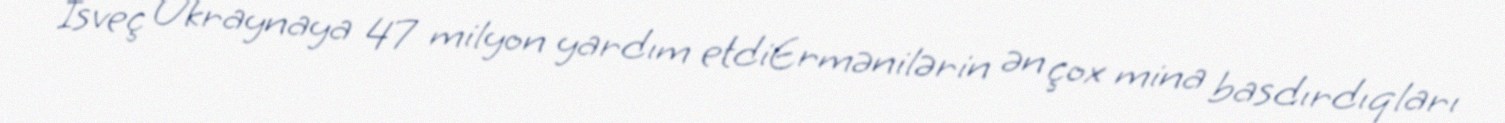
İsveç Ukraynaya 47 milyon yardım etdiErmənilərin ən çox mina basdırdıqları